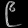
Digit: ၉